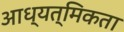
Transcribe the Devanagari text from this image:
आध्यत्मिकता